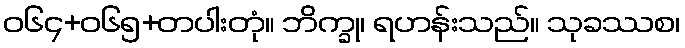
ဝ၆၄+၀၆၅+တပါးတုံ။ ဘိက္ခု၊ ရဟန်းသည်။ သုခဿစ၊